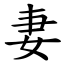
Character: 妻